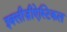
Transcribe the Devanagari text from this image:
इक्लीज़ीऐस्टिकल